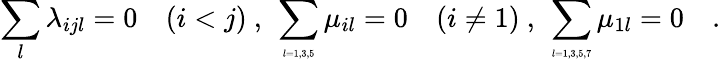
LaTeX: \sum_{l}\lambda_{ijl}=0\quad(i<j)\ ,\ \sum_{\tiny l=1,3,5}\mu_{il}=0\quad(i\neq 1)\ ,\ \sum_{\tiny l=1,3,5,7}\mu_{1l}=0\quad.